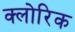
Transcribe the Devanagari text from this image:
क्लोरिक